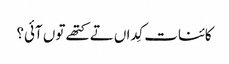
کائنات کِداں تے کتھے تو‏ں آئی؟